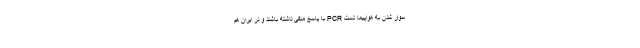
سوار شدن به هواپیما تست PCR با پاسخ منفی داشته باشند و در ایران هم